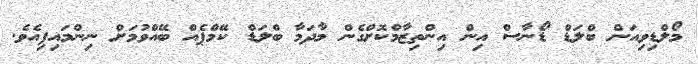
މޯލްޑިވިއަން ބްލަޑް ޑޯނާސް އިން އިންތިޒާމްކޮށްގެން މާދަމާ ބްލަޑް ކޭމްޕެއް ބޭއްވުމަށް ނިންމައިފިއެވެ.